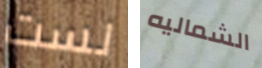
لست الشماليه